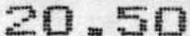
20.50